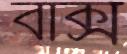
বাক্‌স